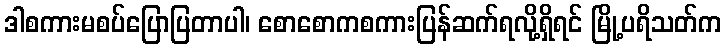
ဒါစကားမစပ်ပြောပြတာပါ၊ စောစောကစကားပြန်ဆက်ရလို့ရှိရင် မြို့ပရိသတ်က